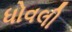
ધોવલી